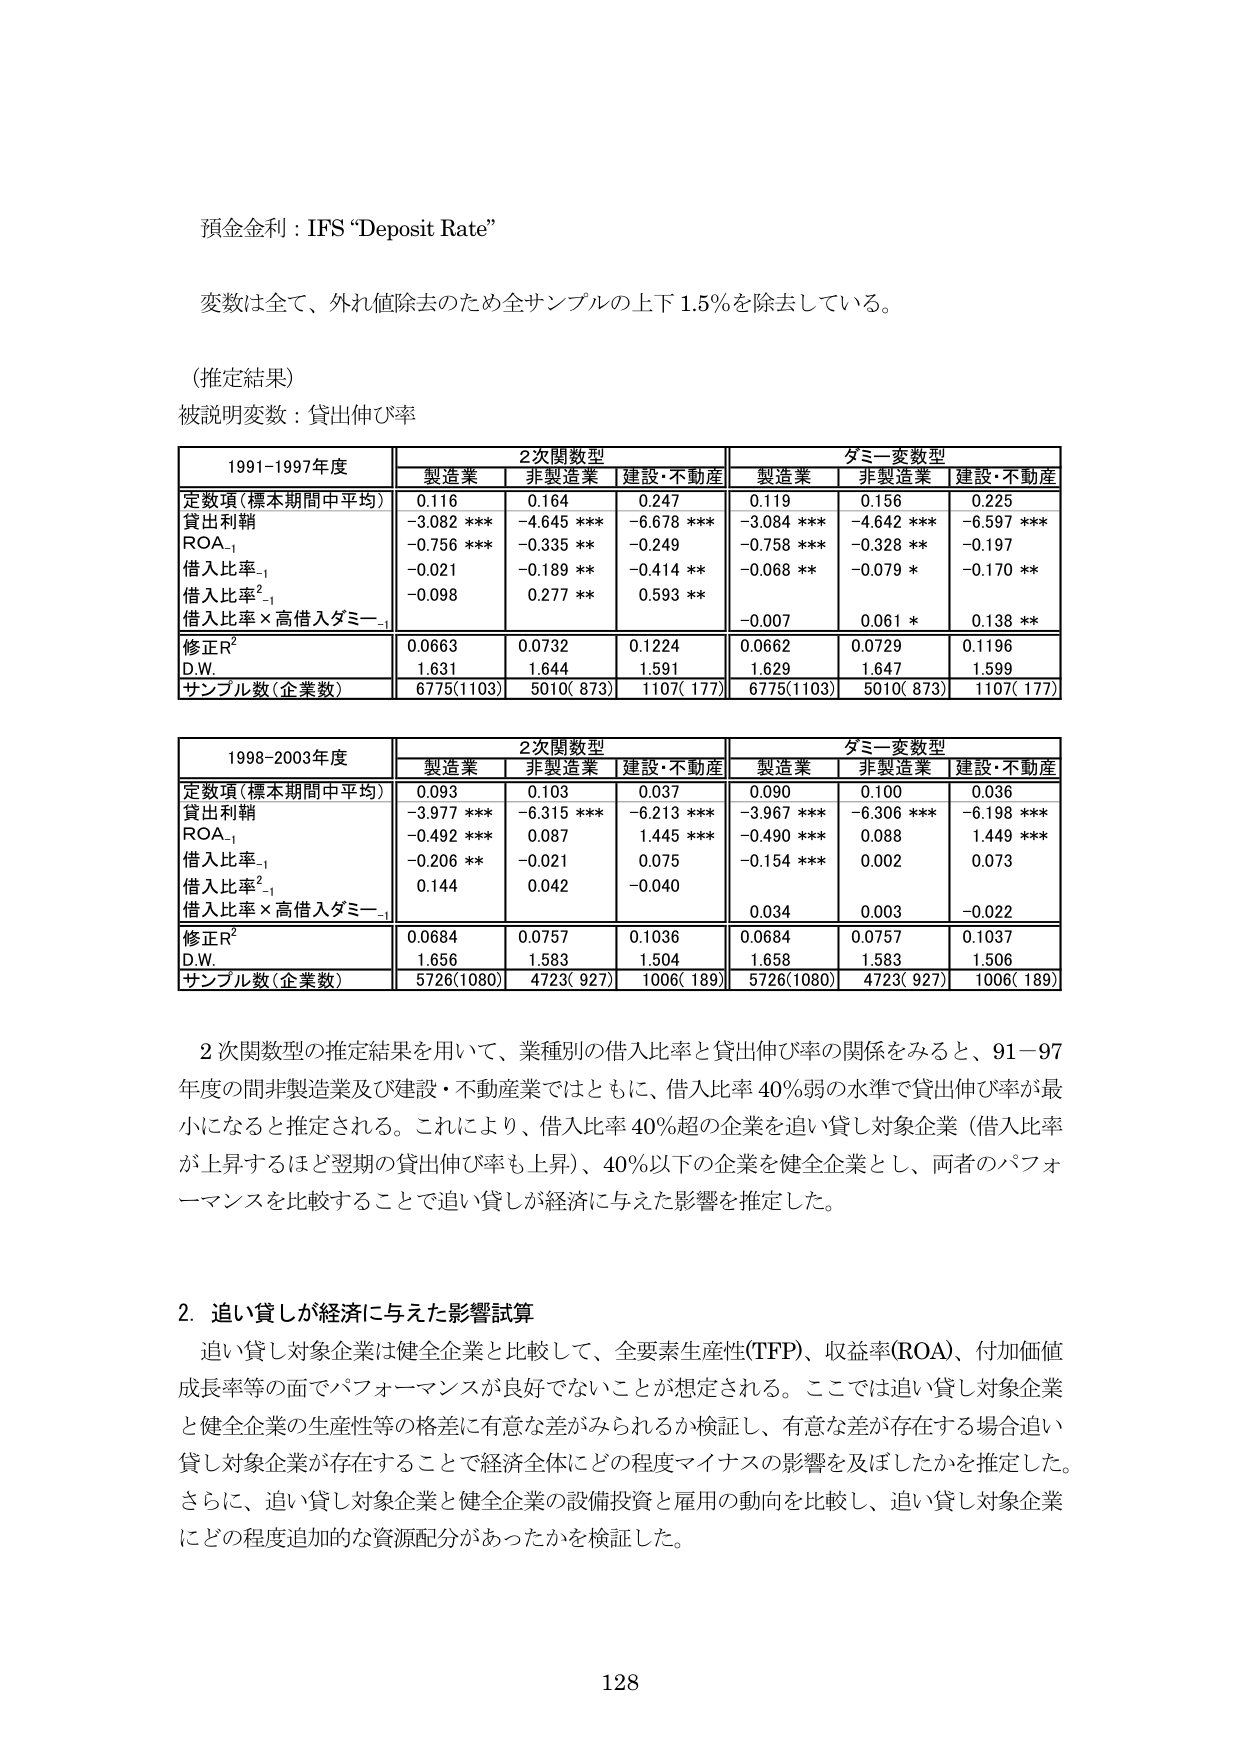
預金金利：IFS “Deposit Rate”

変数は全て、外れ値除去のため全サンプルの上下 1.5%を除去している。

（推定結果）
被説明変数：貸出伸び率

1991-1997年度　　2次関数型　　　　　　　　ダミー変数型
　　　　　　　　製造業　非製造業　建設・不動産　　製造業　非製造業　建設・不動産
定数項（標本期間中平均）　0.116　　0.164　　0.247　　　0.119　　0.156　　0.225
貸出利鞘　　　　　　　　-3.082 ***　-4.645 ***　-6.678 ***　-3.084 ***　-4.642 ***　-6.597 ***
ROA₋₁　　　　　　　　　-0.756 ***　-0.335 **　-0.249　　　-0.758 ***　-0.328 **　-0.197
借入比率₋₁　　　　　　　-0.021　　　-0.189 **　-0.414 **　　-0.068 **　　-0.079 *　　-0.170 **
借入比率²₋₁　　　　　　　-0.098　　　0.277 **　　0.593 **　　　　　　　　　　　　　　　　
借入比率×高借入ダミー₋₁　　　　　　　　　　　　　　　-0.007　　　0.061 *　　　0.138 **
修正R²　　　　　　　　　0.0663　　0.0732　　0.1224　　　0.0662　　0.0729　　0.1196
D.W.　　　　　　　　　　1.631　　　1.644　　　1.591　　　　1.629　　　1.647　　　1.599
サンプル数（企業数）　　6775(1103)　5010( 873)　1107( 177)　6775(1103)　5010( 873)　1107( 177)

1998-2003年度　　2次関数型　　　　　　　　ダミー変数型
　　　　　　　　製造業　非製造業　建設・不動産　　製造業　非製造業　建設・不動産
定数項（標本期間中平均）　0.093　　0.103　　0.037　　　0.090　　0.100　　0.036
貸出利鞘　　　　　　　　-3.977 ***　-6.315 ***　-6.213 ***　-3.967 ***　-6.306 ***　-6.198 ***
ROA₋₁　　　　　　　　　-0.492 ***　0.087　　　1.445 ***　-0.490 ***　0.088　　　1.449 ***
借入比率₋₁　　　　　　　-0.206 **　　-0.021　　　0.075　　　-0.154 ***　0.002　　　0.073
借入比率²₋₁　　　　　　　0.144　　　0.042　　　-0.040　　　　　　　　　　　　　　　　
借入比率×高借入ダミー₋₁　　　　　　　　　　　　　　　0.034　　　0.003　　　-0.022
修正R²　　　　　　　　　0.0684　　0.0757　　0.1036　　　0.0684　　0.0757　　0.1037
D.W.　　　　　　　　　　1.656　　　1.583　　　1.504　　　　1.658　　　1.583　　　1.506
サンプル数（企業数）　　5726(1080)　4723( 927)　1006( 189)　5726(1080)　4723( 927)　1006( 189)

2次関数型の推定結果を用いて、業種別の借入比率と貸出伸び率の関係をみると、91－97年度の間非製造業及び建設・不動産業ではともに、借入比率40％弱の水準で貸出伸び率が最小になると推定される。これにより、借入比率40％超の企業を追い貸し対象企業（借入比率が上昇するほど翌期の貸出伸び率も上昇）、40％以下の企業を健全企業とし、両者のパフォーマンスを比較することで追い貸しが経済に与えた影響を推定した。

2. 追い貸しが経済に与えた影響試算
追い貸し対象企業は健全企業と比較して、全要素生産性(TFP)、収益率(ROA)、付加価値成長率等の面でパフォーマンスが良好でないことが想定される。ここでは追い貸し対象企業と健全企業の生産性等の格差に有意な差がみられるか検証し、有意な差が存在する場合追い貸し対象企業が存在することで経済全体にどの程度マイナスの影響を及ぼしたかを推定した。さらに、追い貸し対象企業と健全企業の設備投資と雇用の動向を比較し、追い貸し対象企業にどの程度追加的な資源配分があったかを検証した。

128